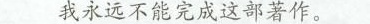
我永远不能完成这部著作。